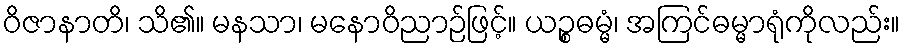
ဝိဇာနာတိ၊ သိ၏။ မနသာ၊ မနောဝိညာဉ်ဖြင့်။ ယဉ္စဓမ္မံ၊ အကြင်ဓမ္မာရုံကိုလည်း။